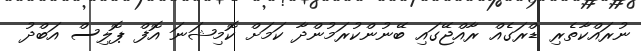
ނުރައްކާތެރި ޑްރަގެއް ރާއްޖޭގައި ބޭނުންކުރަމުންދާ ކަމަށް ކޮމިޝަނަ އޮފް ޕޮލިސް އަބްދު